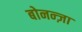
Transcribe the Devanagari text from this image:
बोनन्ज़ा